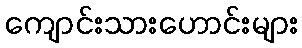
ကျောင်းသားဟောင်းများ